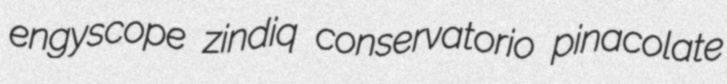
engyscope zindiq conservatorio pinacolate